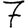
Digit: 7